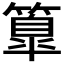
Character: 𥴚